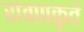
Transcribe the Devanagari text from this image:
रावणकृतं